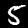
Digit: 5